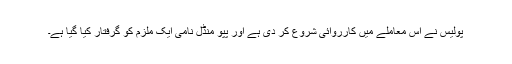
پولیس نے اس معاملے میں کارروائی شروع کر دی ہے اور پپو منڈل نامی ایک ملزم کو گرفتار کیا گیا ہے۔